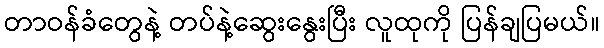
တာဝန်ခံတွေနဲ့ တပ်နဲ့ဆွေးနွေးပြီး လူထုကို ပြန်ချပြမယ်။